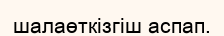
шалаөткізгіш аспап.